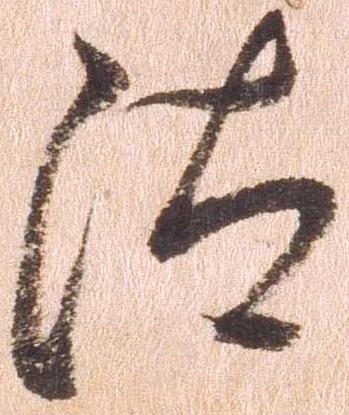
汰